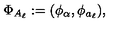
\Phi _ { A _ { \ell } } : = ( \phi _ { \alpha } , \phi _ { a _ { \ell } } ) ,